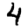
Digit: 4